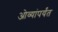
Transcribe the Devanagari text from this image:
ओव्यांपर्यंत